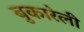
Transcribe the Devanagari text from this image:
बुकारेली